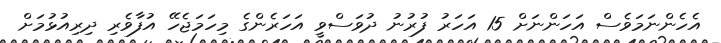
އެހެންނަމަވެސް އަހަންނަށް 15 އަހަރު ފުރުނު ދުވަސްވީ އަހަރެންގެ މިހަމަޖެހޭ އުފާވެރި ދިރިއުޅުމަށް